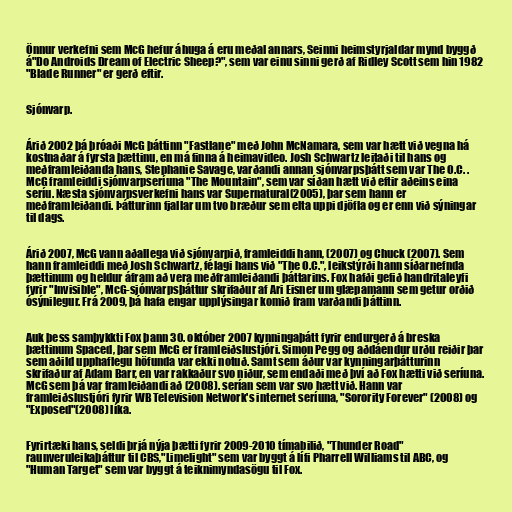
Önnur verkefni sem McG hefur áhuga á eru meðal annars, Seinni heimstyrjaldar mynd byggð
á"Do Androids Dream of Electric Sheep?", sem var einu sinni gerð af Ridley Scott sem hin 1982
"Blade Runner" er gerð eftir.

Sjónvarp.

Árið 2002 þá þróaði McG þáttinn "Fastlane" með John McNamara, sem var hætt við vegna há
kostnaðar á fyrsta þættinu, en má finna á heimavideo. Josh Schwartz leitaði til hans og
meðframleiðanda hans, Stephanie Savage, varðandi annan sjónvarpsþátt sem var The O.C. .
McG framleiddi sjónvarpseríuna "The Mountain", sem var síðan hætt við eftir aðeins eina
seríu. Næsta sjónvarpsverkefni hans var Supernatural(2005), þar sem hann er
meðframleiðandi. Þátturinn fjallar um tvo bræður sem elta uppi djöfla og er enn við sýningar
til dags.

Árið 2007, McG vann aðallega við sjónvarpið, framleiddi hann, (2007) og Chuck (2007). Sem
hann framleiddi með Josh Schwartz, félagi hans við "The O.C.", leikstýrði hann síðarnefnda
þættinum og heldur áfram að vera meðframleiðandi þáttarins. Fox hafði gefið handritaleyfi
fyrir "Invisible", McG-sjónvarpsþáttur skrifaður af Ari Eisner um glæpamann sem getur orðið
ósýnilegur. Frá 2009, þá hafa engar upplýsingar komið fram varðandi þáttinn.

Auk þess samþykkti Fox þann 30. október 2007 kynningaþátt fyrir endurgerð á breska
þættinum Spaced, þar sem McG er framleiðslustjóri. Simon Pegg og aðdáendur urðu reiðir þar
sem aðild upphaflegu höfunda var ekki notuð. Samt sem áður var kynningarþátturinn
skrifaður af Adam Barr, en var rakkaður svo niður, sem endaði með því að Fox hætti við seríuna.
McG sem þá var framleiðandi að (2008). serían sem var svo hætt við. Hann var
framleiðslustjóri fyrir WB Television Network's internet seríuna, "Sorority Forever" (2008) og
"Exposed"(2008) líka.

Fyrirtæki hans, seldi þrjá nýja þætti fyrir 2009-2010 tímabilið, "Thunder Road"
raunveruleikaþáttur til CBS,"Limelight" sem var byggt á lífi Pharrell Williams til ABC, og
"Human Target" sem var byggt á teiknimyndasögu til Fox.